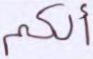
ألكم